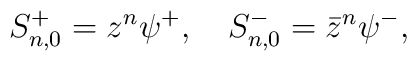
S^+_{n,0}=z^n\psi^+,\quad S^-_{n,0}=\bar z^n\psi^-,